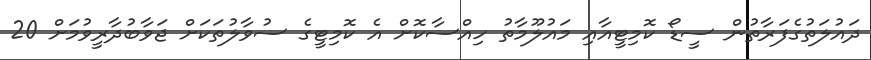
ދައުލަތުގެފަރާތުން ސީޑޯ ކޮމިޓީއާއި މައުލޫމާތު ހިއްސާކޮށް އެ ކޮމިޓީގެ ސުވާލުތަކަށް ޖަވާބުދާރީވުމަށް 20